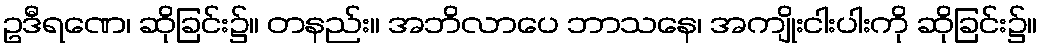
ဥဒီရဏေ၊ ဆိုခြင်း၌။ တနည်း။ အဘိလာပေ ဘာသနေ၊ အကျိုးငါးပါးကို ဆိုခြင်း၌။